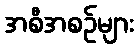
အစီအစဉ်များ